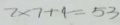
7 \times 7 + 4 = 5 3